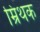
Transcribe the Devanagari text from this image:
म्रिथक